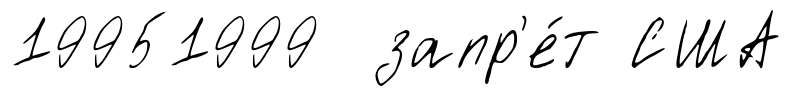
19951999 запр'е́т США